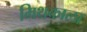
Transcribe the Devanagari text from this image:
मिथकाला